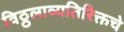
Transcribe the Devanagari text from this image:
विठ्ठलाव्यतिरिक्तचे